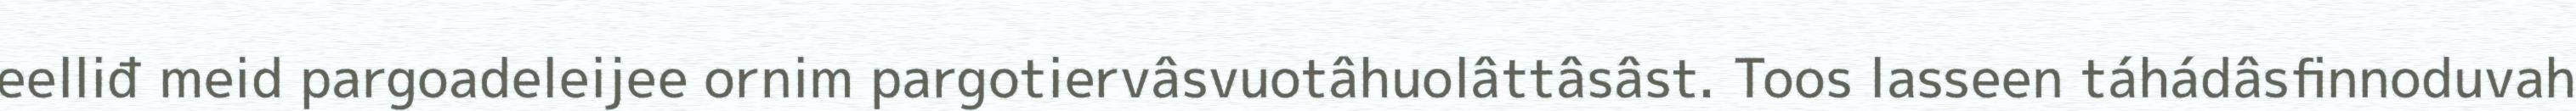
eelliđ meid pargoadeleijee ornim pargotiervâsvuotâhuolâttâsâst. Toos lasseen táhádâsfinnoduvah